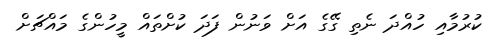
ކުރުމާއި ހުއްދަ ނެތި ގޭގެ އަށް ވަނުން ފަދަ ކުށްތައް މީހުންގެ މައްޗަށް